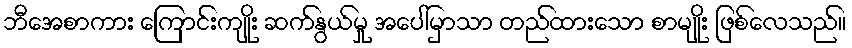
ဘီအေစာကား ကြောင်းကျိုး ဆက်နွယ်မှု အပေါ်မှာသာ တည်ထားသော စာမျိုး ဖြစ်လေသည်။